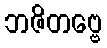
ဘဇိတဗ္ဗေ